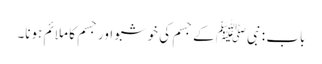
باب : نبیﷺ کے جسم کی خوشبو اور جسم کا ملائم ہونا۔